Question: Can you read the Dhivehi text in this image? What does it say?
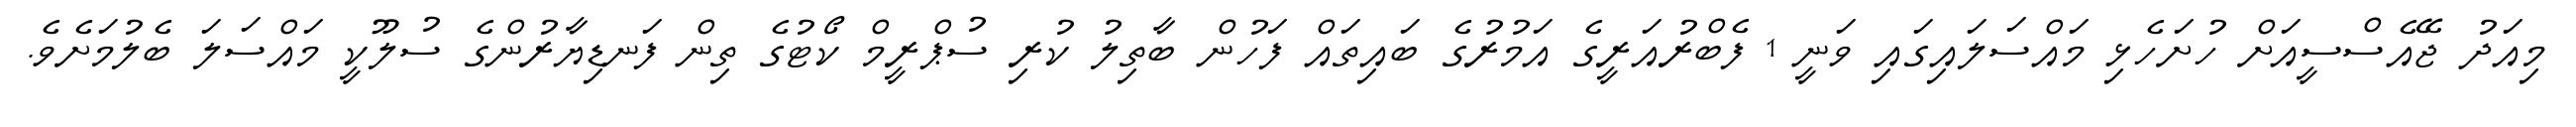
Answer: މިއަދު ޖޭއެސްސީއަށް ހުށަހެޅި މައްސަލައިގައި ވަނީ 1 ފެބްރުއަރީގެ އަމުރުގެ ބައިތައް ފަހުން ބާތިލު ކުރި ސުޕްރީމް ކޯޓުގެ ތިން ފަނޑިޔާރުންގެ ސުލޫކީ މައްސަލަ ބެލުމަށެވެ.